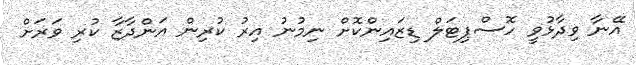
އޭނާ ވިދާޅުވީ ހޮސްޕިޓަލް ޑިޒައިންކޮށް ނިމުނު އިރު ކުރިން އަންދާޒާ ކުރި ވަރަށް